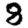
Digit: 8